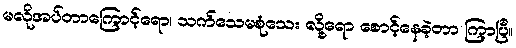
မလိုအပ်တာကြောင့်ရော၊ သက်သေမစုံသေး လို့ရော စောင့်နေခဲ့တာ ကြာပြီ။